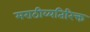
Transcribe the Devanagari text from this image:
मराठीव्यतिरिक्त